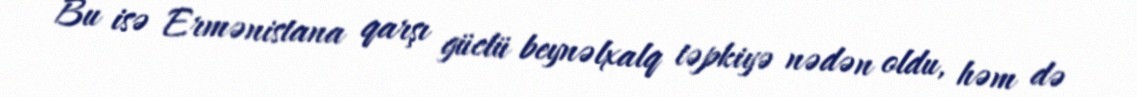
Bu isə Ermənistana qarşı güclü beynəlxalq təpkiyə nədən oldu, həm də